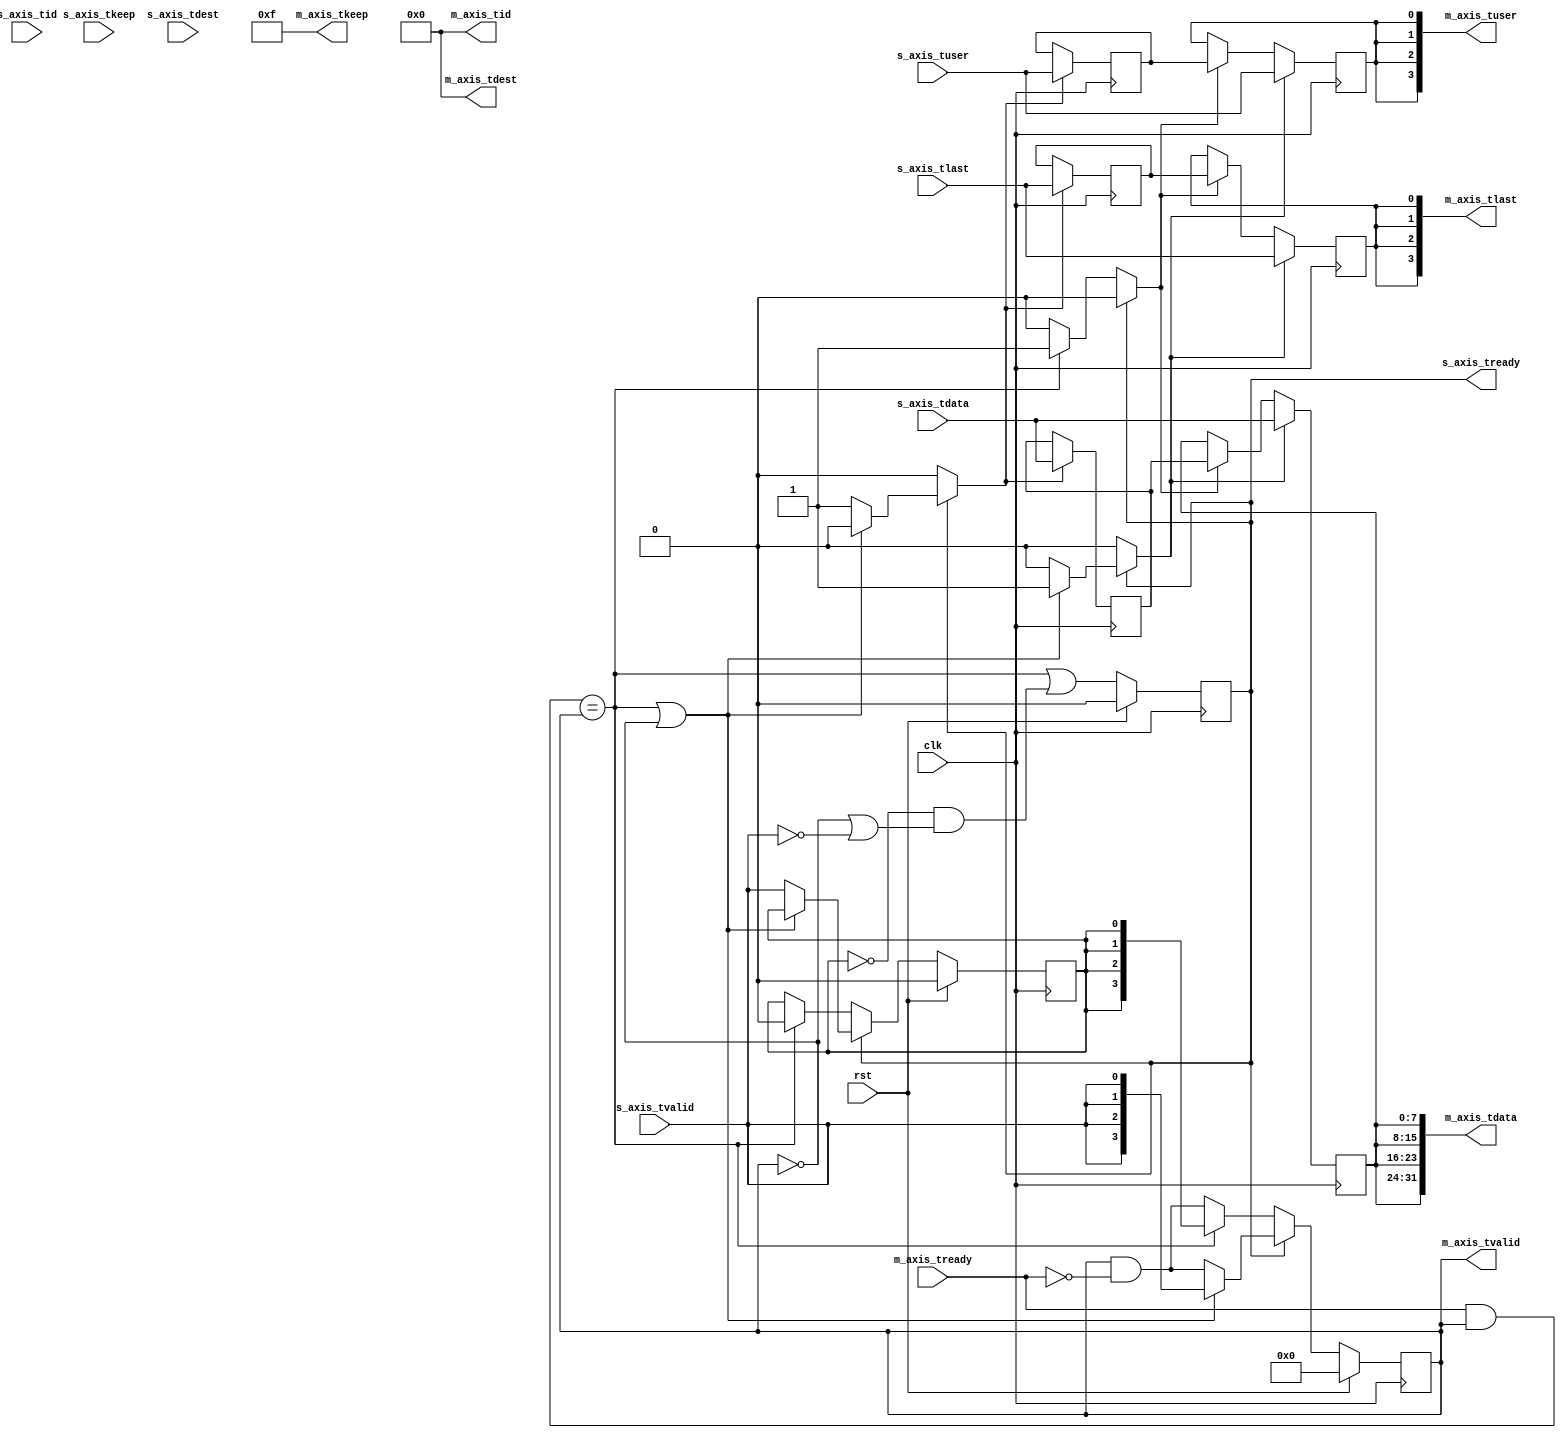
// This program was cloned from: https://github.com/simbricks/simbricks
// License: MIT License

/*

Copyright (c) 2019 Alex Forencich

Permission is hereby granted, free of charge, to any person obtaining a copy
of this software and associated documentation files (the "Software"), to deal
in the Software without restriction, including without limitation the rights
to use, copy, modify, merge, publish, distribute, sublicense, and/or sell
copies of the Software, and to permit persons to whom the Software is
furnished to do so, subject to the following conditions:

The above copyright notice and this permission notice shall be included in
all copies or substantial portions of the Software.

THE SOFTWARE IS PROVIDED "AS IS", WITHOUT WARRANTY OF ANY KIND, EXPRESS OR
IMPLIED, INCLUDING BUT NOT LIMITED TO THE WARRANTIES OF MERCHANTABILITY
FITNESS FOR A PARTICULAR PURPOSE AND NONINFRINGEMENT. IN NO EVENT SHALL THE
AUTHORS OR COPYRIGHT HOLDERS BE LIABLE FOR ANY CLAIM, DAMAGES OR OTHER
LIABILITY, WHETHER IN AN ACTION OF CONTRACT, TORT OR OTHERWISE, ARISING FROM,
OUT OF OR IN CONNECTION WITH THE SOFTWARE OR THE USE OR OTHER DEALINGS IN
THE SOFTWARE.

*/

// Language: Verilog 2001

`timescale 1ns / 1ps

/*
 * AXI4-Stream broadcaster
 */
module axis_broadcast #
(
    // Number of AXI stream outputs
    parameter M_COUNT = 4,
    // Width of AXI stream interfaces in bits
    parameter DATA_WIDTH = 8,
    // Propagate tkeep signal
    parameter KEEP_ENABLE = (DATA_WIDTH>8),
    // tkeep signal width (words per cycle)
    parameter KEEP_WIDTH = (DATA_WIDTH/8),
    // Propagate tlast signal
    parameter LAST_ENABLE = 1,
    // Propagate tid signal
    parameter ID_ENABLE = 0,
    // tid signal width
    parameter ID_WIDTH = 8,
    // Propagate tdest signal
    parameter DEST_ENABLE = 0,
    // tdest signal width
    parameter DEST_WIDTH = 8,
    // Propagate tuser signal
    parameter USER_ENABLE = 1,
    // tuser signal width
    parameter USER_WIDTH = 1
)
(
    input  wire                          clk,
    input  wire                          rst,

    /*
     * AXI input
     */
    input  wire [DATA_WIDTH-1:0]         s_axis_tdata,
    input  wire [KEEP_WIDTH-1:0]         s_axis_tkeep,
    input  wire                          s_axis_tvalid,
    output wire                          s_axis_tready,
    input  wire                          s_axis_tlast,
    input  wire [ID_WIDTH-1:0]           s_axis_tid,
    input  wire [DEST_WIDTH-1:0]         s_axis_tdest,
    input  wire [USER_WIDTH-1:0]         s_axis_tuser,

    /*
     * AXI outputs
     */
    output wire [M_COUNT*DATA_WIDTH-1:0] m_axis_tdata,
    output wire [M_COUNT*KEEP_WIDTH-1:0] m_axis_tkeep,
    output wire [M_COUNT-1:0]            m_axis_tvalid,
    input  wire [M_COUNT-1:0]            m_axis_tready,
    output wire [M_COUNT-1:0]            m_axis_tlast,
    output wire [M_COUNT*ID_WIDTH-1:0]   m_axis_tid,
    output wire [M_COUNT*DEST_WIDTH-1:0] m_axis_tdest,
    output wire [M_COUNT*USER_WIDTH-1:0] m_axis_tuser
);

parameter CL_M_COUNT = $clog2(M_COUNT);

// datapath registers
reg s_axis_tready_reg = 1'b0, s_axis_tready_next;

reg [DATA_WIDTH-1:0] m_axis_tdata_reg  = {DATA_WIDTH{1'b0}};
reg [KEEP_WIDTH-1:0] m_axis_tkeep_reg  = {KEEP_WIDTH{1'b0}};
reg [M_COUNT-1:0]    m_axis_tvalid_reg = {M_COUNT{1'b0}}, m_axis_tvalid_next;
reg                  m_axis_tlast_reg  = 1'b0;
reg [ID_WIDTH-1:0]   m_axis_tid_reg    = {ID_WIDTH{1'b0}};
reg [DEST_WIDTH-1:0] m_axis_tdest_reg  = {DEST_WIDTH{1'b0}};
reg [USER_WIDTH-1:0] m_axis_tuser_reg  = {USER_WIDTH{1'b0}};

reg [DATA_WIDTH-1:0] temp_m_axis_tdata_reg  = {DATA_WIDTH{1'b0}};
reg [KEEP_WIDTH-1:0] temp_m_axis_tkeep_reg  = {KEEP_WIDTH{1'b0}};
reg                  temp_m_axis_tvalid_reg = 1'b0, temp_m_axis_tvalid_next;
reg                  temp_m_axis_tlast_reg  = 1'b0;
reg [ID_WIDTH-1:0]   temp_m_axis_tid_reg    = {ID_WIDTH{1'b0}};
reg [DEST_WIDTH-1:0] temp_m_axis_tdest_reg  = {DEST_WIDTH{1'b0}};
reg [USER_WIDTH-1:0] temp_m_axis_tuser_reg  = {USER_WIDTH{1'b0}};

// // datapath control
reg store_axis_input_to_output;
reg store_axis_input_to_temp;
reg store_axis_temp_to_output;

assign s_axis_tready = s_axis_tready_reg;

assign m_axis_tdata  = {M_COUNT{m_axis_tdata_reg}};
assign m_axis_tkeep  = KEEP_ENABLE ? {M_COUNT{m_axis_tkeep_reg}} : {M_COUNT*KEEP_WIDTH{1'b1}};
assign m_axis_tvalid = m_axis_tvalid_reg;
assign m_axis_tlast  = LAST_ENABLE ? {M_COUNT{m_axis_tlast_reg}} : {M_COUNT{1'b1}};
assign m_axis_tid    = ID_ENABLE   ? {M_COUNT{m_axis_tid_reg}}   : {M_COUNT*ID_WIDTH{1'b0}};
assign m_axis_tdest  = DEST_ENABLE ? {M_COUNT{m_axis_tdest_reg}} : {M_COUNT*DEST_WIDTH{1'b0}};
assign m_axis_tuser  = USER_ENABLE ? {M_COUNT{m_axis_tuser_reg}} : {M_COUNT*USER_WIDTH{1'b0}};

// enable ready input next cycle if output is ready or the temp reg will not be filled on the next cycle (output reg empty or no input)
wire s_axis_tready_early = ((m_axis_tready & m_axis_tvalid) == m_axis_tvalid) || (!temp_m_axis_tvalid_reg && (!m_axis_tvalid || !s_axis_tvalid));

always @* begin
    // transfer sink ready state to source
    m_axis_tvalid_next = m_axis_tvalid_reg & ~m_axis_tready;
    temp_m_axis_tvalid_next = temp_m_axis_tvalid_reg;

    store_axis_input_to_output = 1'b0;
    store_axis_input_to_temp = 1'b0;
    store_axis_temp_to_output = 1'b0;

    if (s_axis_tready_reg) begin
        // input is ready
        if (((m_axis_tready & m_axis_tvalid) == m_axis_tvalid) || !m_axis_tvalid) begin
            // output is ready or currently not valid, transfer data to output
            m_axis_tvalid_next = {M_COUNT{s_axis_tvalid}};
            store_axis_input_to_output = 1'b1;
        end else begin
            // output is not ready, store input in temp
            temp_m_axis_tvalid_next = s_axis_tvalid;
            store_axis_input_to_temp = 1'b1;
        end
    end else if ((m_axis_tready & m_axis_tvalid) == m_axis_tvalid) begin
        // input is not ready, but output is ready
        m_axis_tvalid_next = {M_COUNT{temp_m_axis_tvalid_reg}};
        temp_m_axis_tvalid_next = 1'b0;
        store_axis_temp_to_output = 1'b1;
    end
end

always @(posedge clk) begin
    if (rst) begin
        s_axis_tready_reg <= 1'b0;
        m_axis_tvalid_reg <= {M_COUNT{1'b0}};
        temp_m_axis_tvalid_reg <= {M_COUNT{1'b0}};
    end else begin
        s_axis_tready_reg <= s_axis_tready_early;
        m_axis_tvalid_reg <= m_axis_tvalid_next;
        temp_m_axis_tvalid_reg <= temp_m_axis_tvalid_next;
    end

    // datapath
    if (store_axis_input_to_output) begin
        m_axis_tdata_reg <= s_axis_tdata;
        m_axis_tkeep_reg <= s_axis_tkeep;
        m_axis_tlast_reg <= s_axis_tlast;
        m_axis_tid_reg   <= s_axis_tid;
        m_axis_tdest_reg <= s_axis_tdest;
        m_axis_tuser_reg <= s_axis_tuser;
    end else if (store_axis_temp_to_output) begin
        m_axis_tdata_reg <= temp_m_axis_tdata_reg;
        m_axis_tkeep_reg <= temp_m_axis_tkeep_reg;
        m_axis_tlast_reg <= temp_m_axis_tlast_reg;
        m_axis_tid_reg   <= temp_m_axis_tid_reg;
        m_axis_tdest_reg <= temp_m_axis_tdest_reg;
        m_axis_tuser_reg <= temp_m_axis_tuser_reg;
    end

    if (store_axis_input_to_temp) begin
        temp_m_axis_tdata_reg <= s_axis_tdata;
        temp_m_axis_tkeep_reg <= s_axis_tkeep;
        temp_m_axis_tlast_reg <= s_axis_tlast;
        temp_m_axis_tid_reg   <= s_axis_tid;
        temp_m_axis_tdest_reg <= s_axis_tdest;
        temp_m_axis_tuser_reg <= s_axis_tuser;
    end
end

endmodule